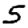
Digit: 5